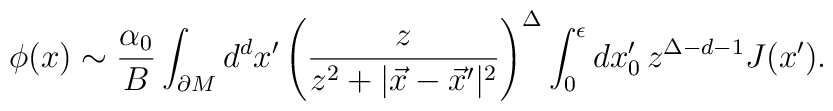
\phi(x) \sim { \alpha_0 \over B }  \int_{\partial M} d^{d}x^\prime\left( \frac{z}{z^2+|\vec{x}-\vec{x}^\prime|^2} \right)^\Delta \int_0^\epsilon dx_0^\prime \, {z}^{\Delta-d-1}J(x^\prime).